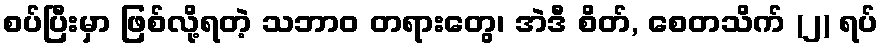
စပ်ပြီးမှာ ဖြစ်လို့ရတဲ့ သဘာဝ တရားတွေ၊ အဲဒီ စိတ်, စေတသိက် (၂) ရပ်